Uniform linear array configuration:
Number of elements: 48
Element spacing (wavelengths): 0.5
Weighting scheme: hann
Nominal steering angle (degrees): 15
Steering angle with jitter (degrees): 15.32
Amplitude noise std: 0.05
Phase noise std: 0.05

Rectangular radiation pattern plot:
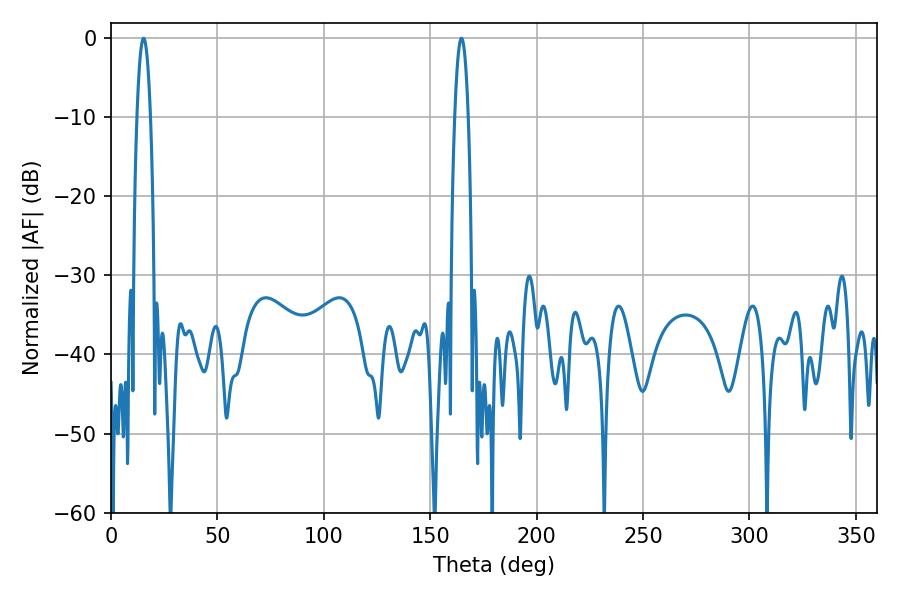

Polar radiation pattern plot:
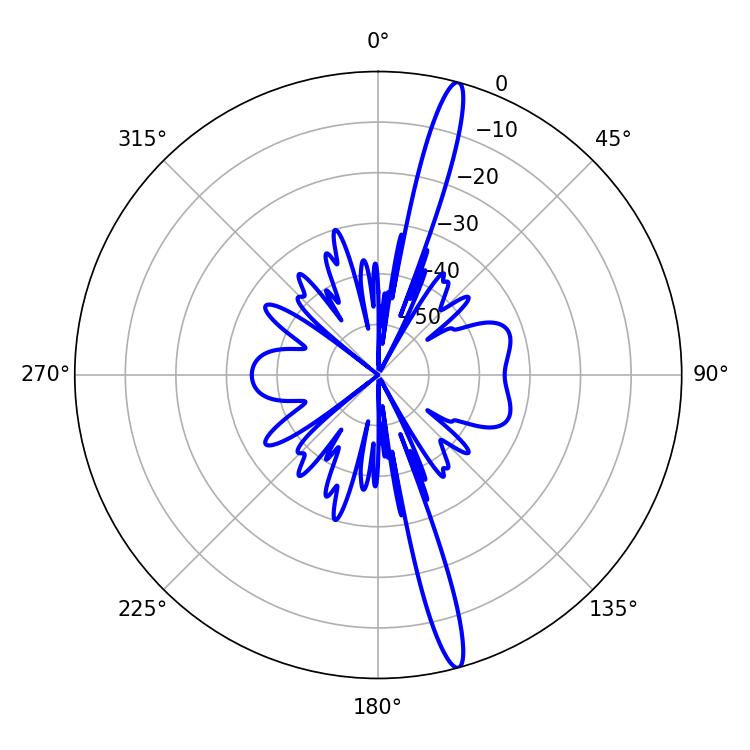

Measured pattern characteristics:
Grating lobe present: FALSE
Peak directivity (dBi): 17.541
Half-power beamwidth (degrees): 3.6
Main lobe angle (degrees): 15.3